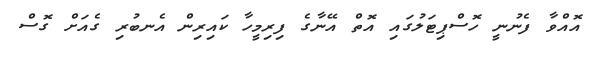
އޮއްވާ ފެނުނީ ހޮސްޕިޓަލުގައި އޮތް އޭނާގެ ފިރިމީހާ ކައިރިން އެނބުރި ގެއަށް ގޮސް